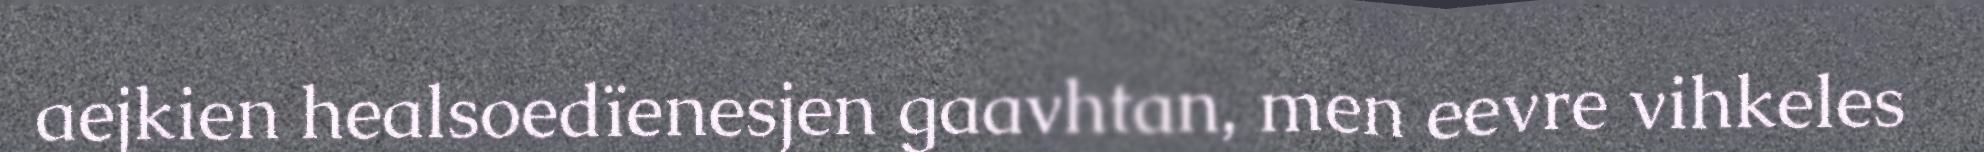
aejkien healsoedïenesjen gaavhtan, men eevre vihkeles